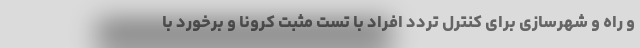
و راه و شهرسازی برای کنترل تردد افراد با تست مثبت کرونا و برخورد با